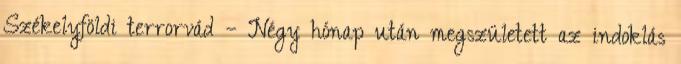
Székelyföldi terrorvád – Négy hónap után megszületett az indoklás